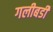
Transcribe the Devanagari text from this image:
गलीबर्डी